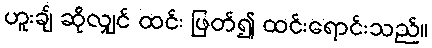
ဟူးချ် ဆိုလျှင် ထင်း ဖြတ်၍ ထင်းရောင်းသည်။